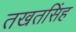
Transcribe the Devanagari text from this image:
तखतसिंह